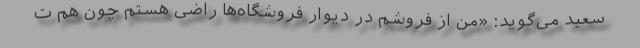
سعید می‌گوید: «من از فروشم در دیوار فروشگاه‌ها راضی هستم چون هم ت